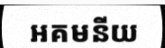
អគមនីយ